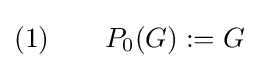
(1)\qquad P_{0}(G):=G